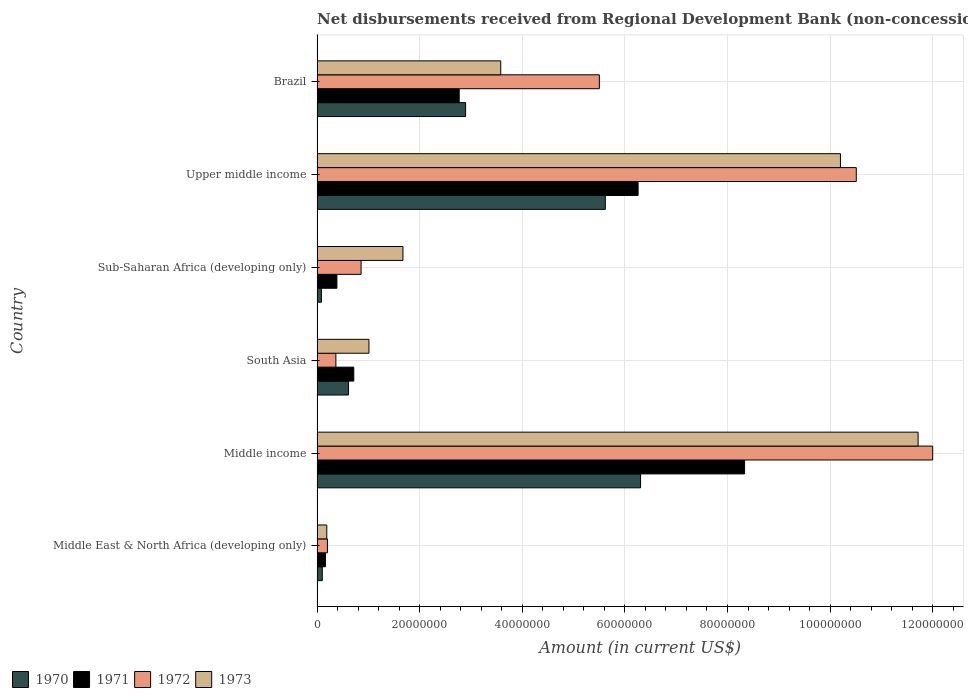
| Country | 1970 | 1971 | 1972 | 1973 |
 | --- | --- | --- | --- | --- |
 | Middle East & North Africa (developing only) | 1.02e+06 | 1.64e+06 | 2.02e+06 | 1.9e+06 |
 | Middle income | 6.31e+07 | 8.33e+07 | 1.2e+08 | 1.17e+08 |
 | South Asia | 6.13e+06 | 7.16e+06 | 3.67e+06 | 1.01e+07 |
 | Sub-Saharan Africa (developing only) | 8.5e+05 | 3.87e+06 | 8.58e+06 | 1.67e+07 |
 | Upper middle income | 5.62e+07 | 6.26e+07 | 1.05e+08 | 1.02e+08 |
 | Brazil | 2.9e+07 | 2.77e+07 | 5.5e+07 | 3.58e+07 |